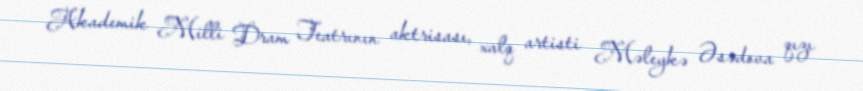
Akademik Milli Dram Teatrının aktrisası, xalq artisti Məleykə Əsədova qızı